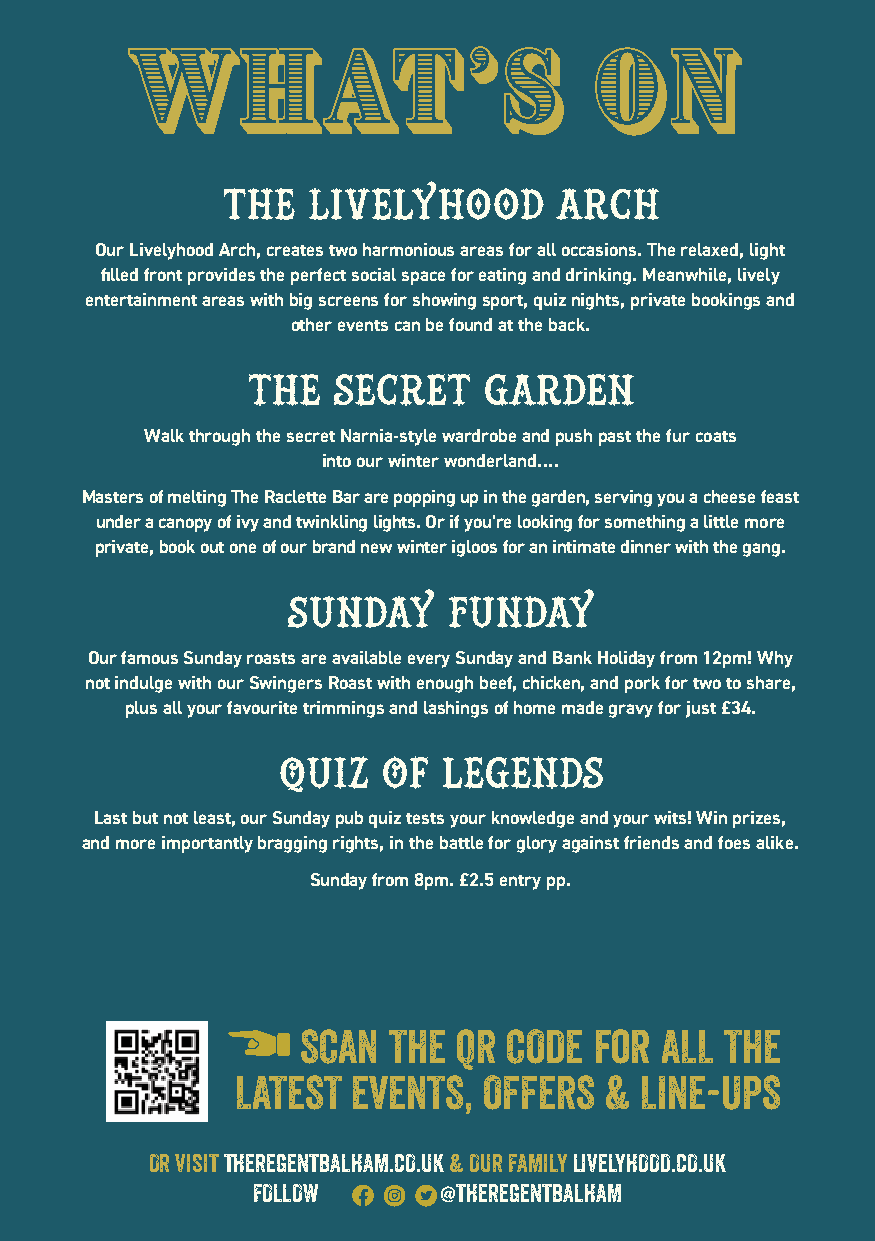
What’s                        On
 The  Livelyhood       Arch
 Our Livelyhood Arch, creates two harmonious areas for all occasions. The relaxed, light
 filled front provides the perfect social space for eating and drinking. Meanwhile, lively
 entertainment areas with big screens for showing sport, quiz nights, private bookings and
 other events can be found at the back.
 The   Secret    Garden
 Walk through the secret Narnia-style wardrobe and push past the fur coats
 into our winter wonderland….
 Masters of melting The Raclette Bar are popping up in the garden, serving you a cheese feast
 under a canopy of ivy and twinkling lights. Or if you’re looking for something a little more
 private, book out one of our brand new winter igloos for an intimate dinner with the gang.
 Sunday     Funday
 Our famous Sunday roasts are available every Sunday and Bank Holiday from 12pm! Why
 not indulge with our Swingers Roast with enough beef, chicken, and pork for two to share,
 plus all your favourite trimmings and lashings of home made gravy for just £34.
 Quiz   Of  Legends
 Last but not least, our Sunday pub quiz tests your knowledge and your wits! Win prizes,
 and more importantly bragging rights, in the battle for glory against friends and foes alike.
 Sunday from 8pm. £2.5 entry pp.
 SCAN  THE QR CODE  for  ALL THE
 LATEST EVENTS,  OFFERS  & LINE-UPS
 OR VISIT THEREGENTBALHAM.CO.UK & OUR FAMILY LIVELYHOOD.CO.UK
 WWW.THEARTFULFDOULKLE.OCOW.U K W W W . L I V E @LYHTOHOED.RCOE.UGKE N T B A L H A M@THEARTFULDUKE